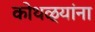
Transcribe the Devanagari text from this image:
कोथळ्यांना